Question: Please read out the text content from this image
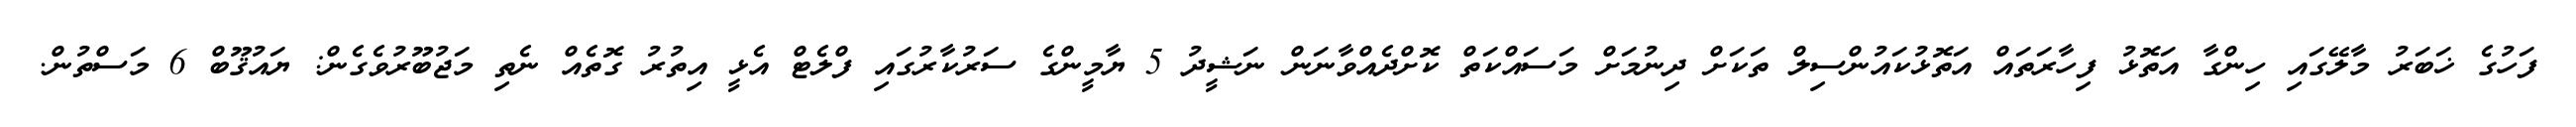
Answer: ފަހުގެ ޚަބަރު މާލޭގައި ހިންގާ އަތޮޅު ފިހާރަތައް އަތޮޅުކައުންސިލް ތަކަށް ދިނުމަށް މަސައްކަތް ކޮށްދެއްވާނަން ނަޝީދު 5 ޔާމީންގެ ސަރުކާރުގައި ފްލެޓް އެޅީ އިތުރު ގޮތެއް ނެތި މަޖުބޫރުވެގެން: ޔައުޤޫބް 6 މަސްތުން.